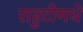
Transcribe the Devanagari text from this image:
राहुटीमधे